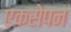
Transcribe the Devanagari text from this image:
एकसेपन